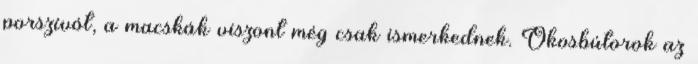
porszívót, a macskák viszont még csak ismerkednek. Okosbútorok az